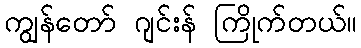
ကျွန်တော် ဂျင်းန် ကြိုက်တယ်။